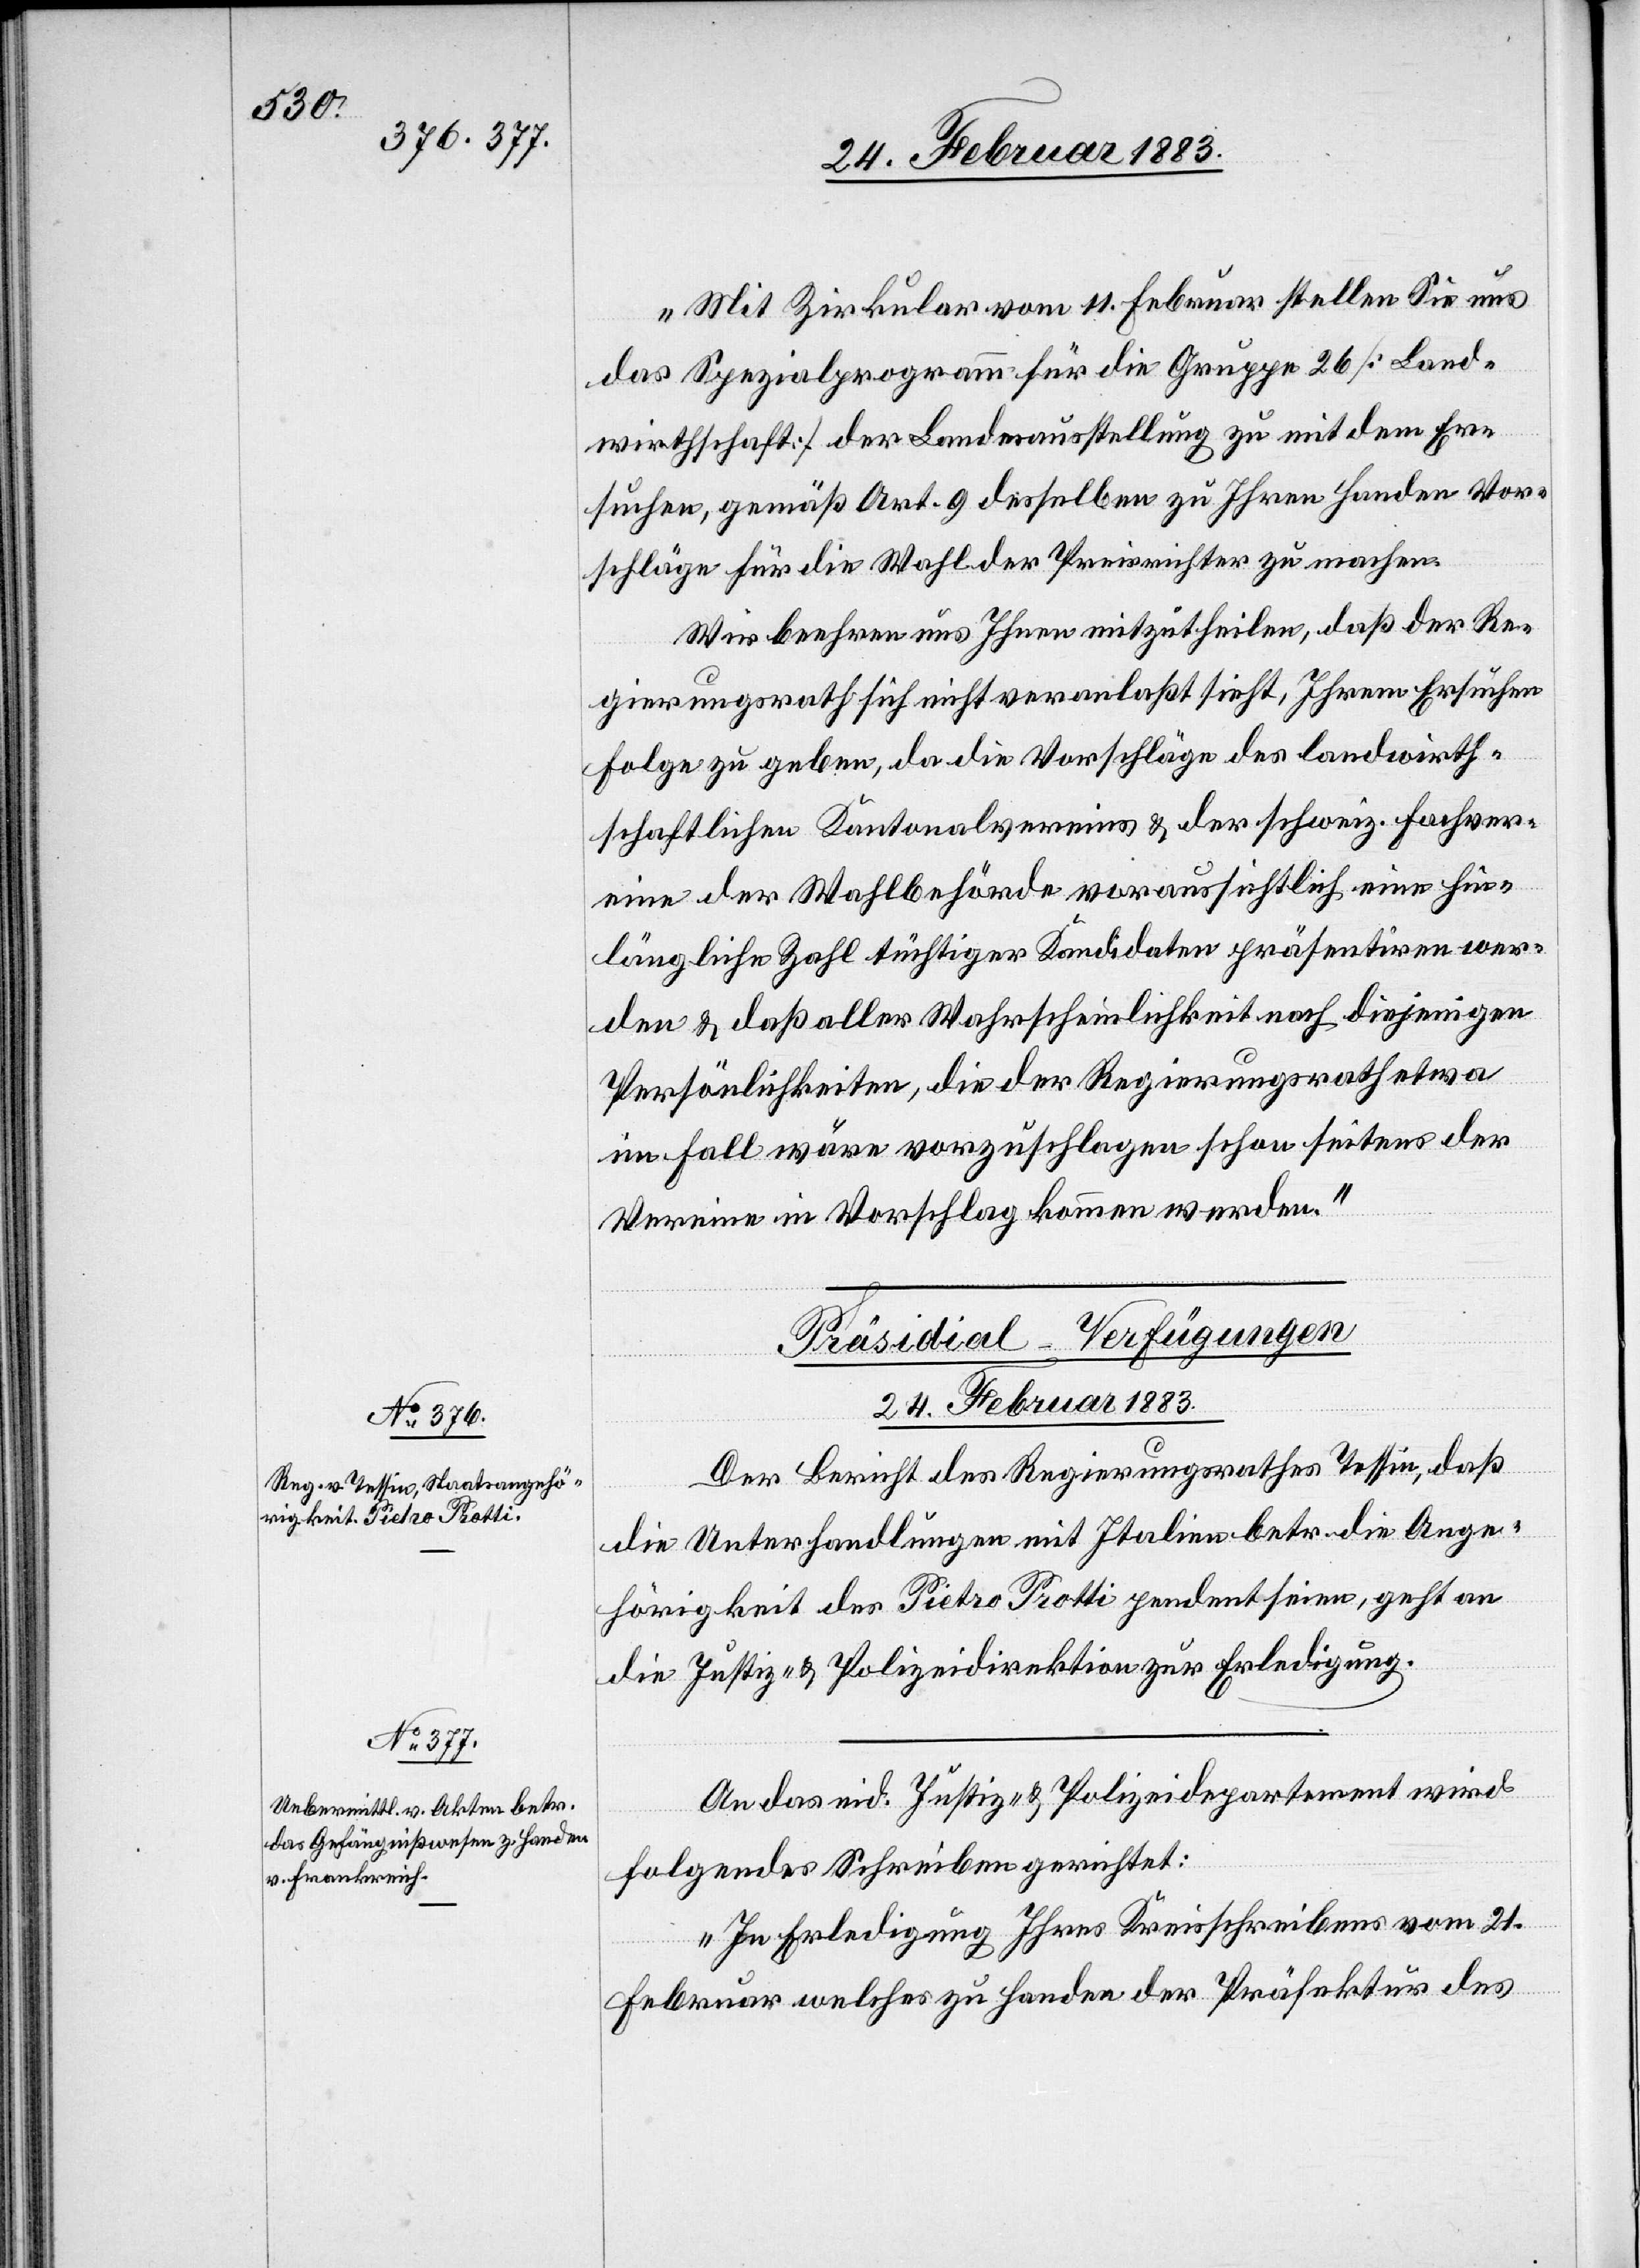
24. Februar 1883.]
„Mit Zirkular vom 11. Februar stellen Sie uns
das Spezialprogramm für die Gruppe 26 [Land¬
wirthschaft] der Landesausstellung zu mit dem Er¬
suchen, gemäß Art. 9 desselben zu Ihren Handen Vor¬
schläge für die Wahl der Preisrichter zu machen.
Wir beehren uns Ihnen mitzutheilen, daß der Re¬
gierungsrath sich nicht veranlaßt sieht, Ihrem Ersuchen
Folge zu geben, da die Vorschläge des landwirth¬
schaftlichen Kantonalvereins & der schweiz. Fachver¬
eine der Wahlbehörde voraussichtlich eine hin¬
längliche Zahl tüchtiger Kandidaten präsentiren wer¬
den & daß aller Wahrscheinlichkeit nach diejenigen
Persönlichkeiten, die der Regierungsrath etwa
im Fall wäre vorzuschlagen schon seitens der
21.
Vereine in Vorschlag kommen werden.“
[Präsidial-Verfügungen
24. Februar 1883.
Der Bericht des Regierungsrathes Tessin, daß
die Unterhandlungen mit Italien betr. die Ange¬
hörigkeit des Pietro Protti pendent seien, geht an
die Justiz- & Polizeidirektion zur Erledigung.
An das eid. Justiz- & Polizeidepartement wird
folgendes Schreiben gerichtet:
Februar welches zu Handen der Präfektur des